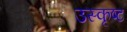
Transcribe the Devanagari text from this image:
उस्कृष्ट